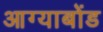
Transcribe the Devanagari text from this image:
आग्याबोंड